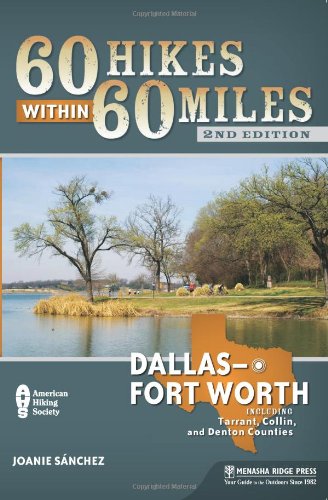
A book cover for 60 Hikes Within 60 Miles: Dallas/Fort Worth: Includes Tarrant, Collin, and Denton Counties; Joanie Sanchez; Health, Fitness & Dieting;